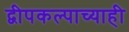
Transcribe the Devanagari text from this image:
द्वीपकल्पाच्याही